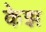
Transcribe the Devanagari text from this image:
केझ